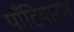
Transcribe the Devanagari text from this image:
पॉँटियानस